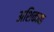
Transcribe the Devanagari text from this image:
अशिकावा